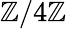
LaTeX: \mathbb{Z}/4\mathbb{Z}